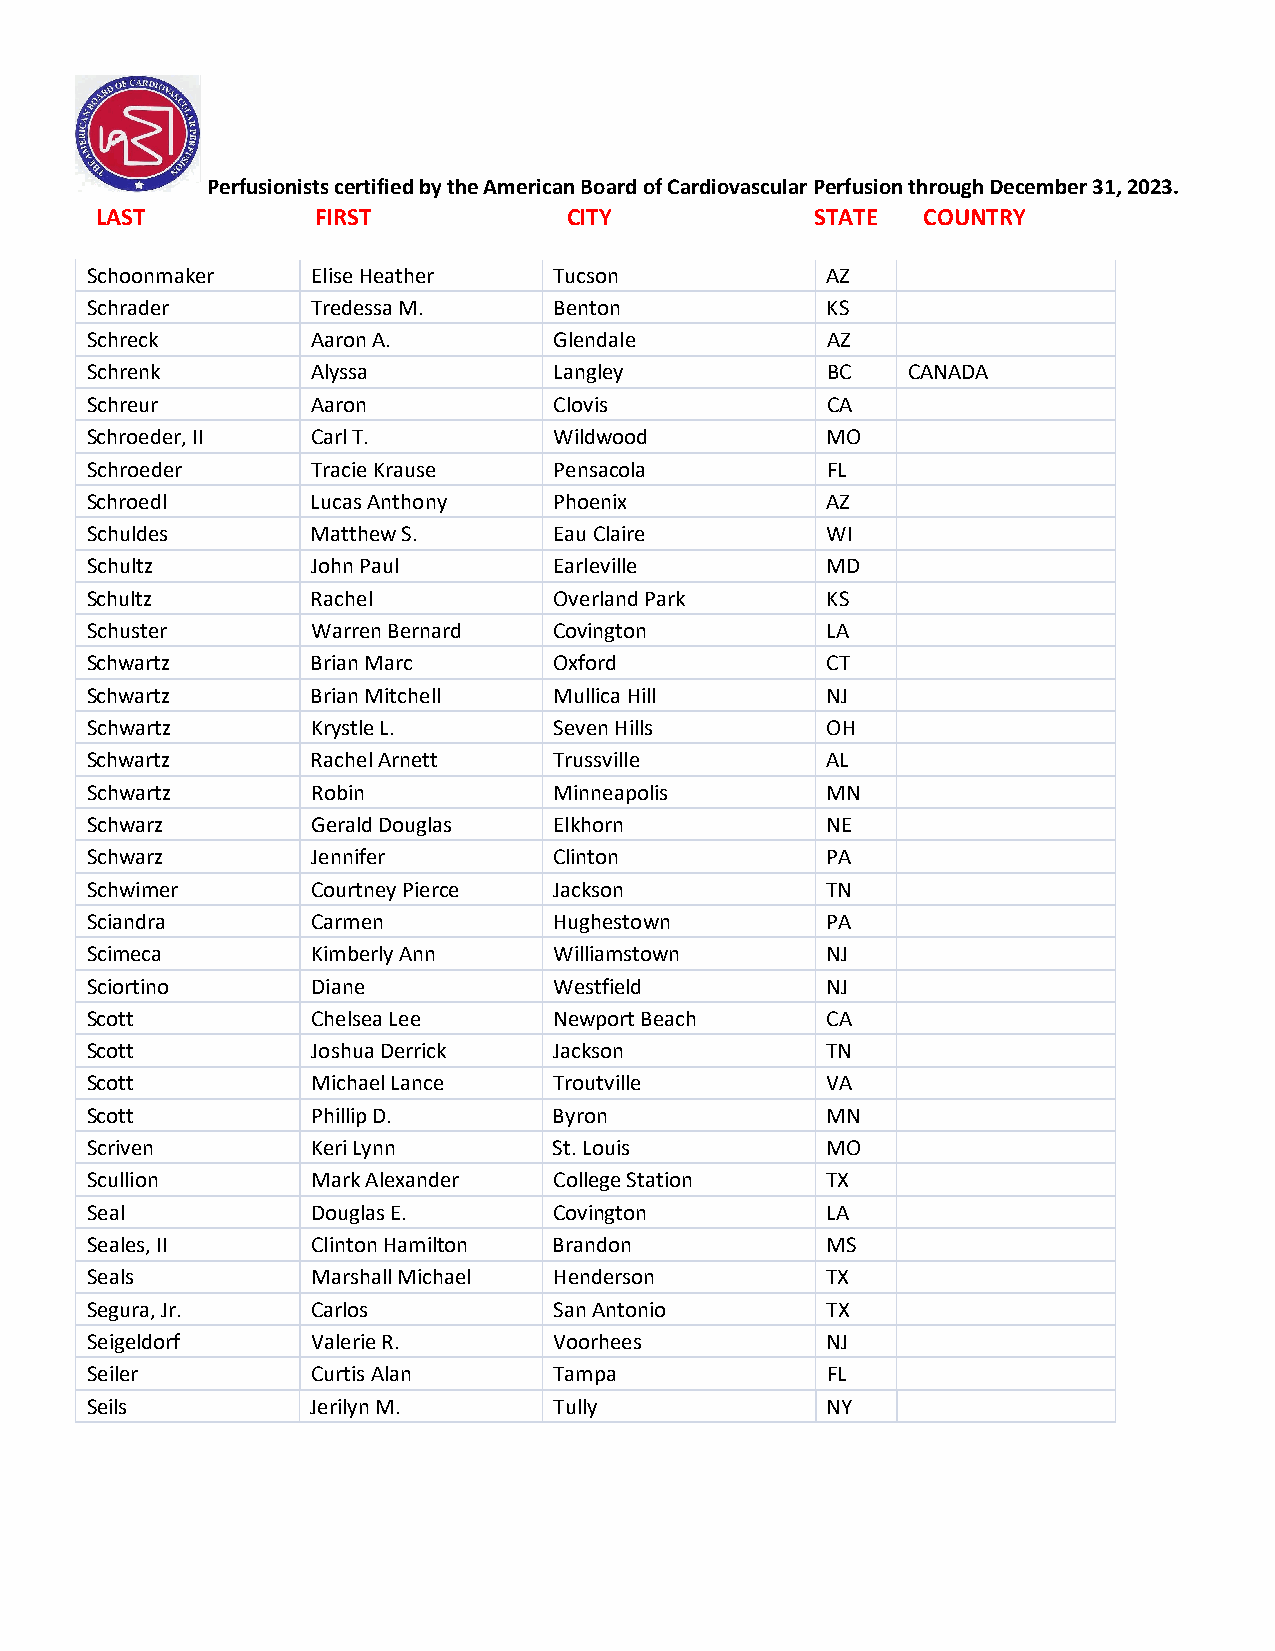
Perfusionists certified by the American Board of Cardiovascular Perfusion through December 31, 2023.
 LAST           FIRST            CITY            STATE  COUNTRY
 Schoonmaker    Elise Heather   Tucson            AZ
 Schrader       Tredessa M.     Benton            KS
 Schreck        Aaron A.        Glendale          AZ
 Schrenk        Alyssa          Langley           BC   CANADA
 Schreur        Aaron           Clovis            CA
 Schroeder, II  Carl T.         Wildwood          MO
 Schroeder      Tracie Krause   Pensacola         FL
 Schroedl       Lucas Anthony   Phoenix           AZ
 Schuldes       Matthew S.      Eau Claire        WI
 Schultz        John Paul       Earleville        MD
 Schultz        Rachel          Overland Park     KS
 Schuster       Warren Bernard  Covington         LA
 Schwartz       Brian Marc      Oxford            CT
 Schwartz       Brian Mitchell  Mullica Hill      NJ
 Schwartz       Krystle L.      Seven Hills       OH
 Schwartz       Rachel Arnett   Trussville        AL
 Schwartz       Robin           Minneapolis       MN
 Schwarz        Gerald Douglas  Elkhorn           NE
 Schwarz        Jennifer        Clinton           PA
 Schwimer       Courtney Pierce Jackson           TN
 Sciandra       Carmen          Hughestown        PA
 Scimeca        Kimberly Ann    Williamstown      NJ
 Sciortino      Diane           Westfield         NJ
 Scott          Chelsea Lee     Newport Beach     CA
 Scott          Joshua Derrick  Jackson           TN
 Scott          Michael Lance   Troutville        VA
 Scott          Phillip D.      Byron             MN
 Scriven        Keri Lynn       St. Louis         MO
 Scullion       Mark Alexander  College Station   TX
 Seal           Douglas E.      Covington         LA
 Seales, II     Clinton Hamilton Brandon          MS
 Seals          Marshall Michael Henderson        TX
 Segura, Jr.    Carlos          San Antonio       TX
 Seigeldorf     Valerie R.      Voorhees          NJ
 Seiler         Curtis Alan     Tampa             FL
 Seils          Jerilyn M.      Tully             NY